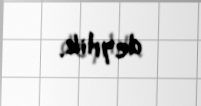
deyilik.